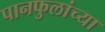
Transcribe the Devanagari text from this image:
पानफुलांच्या